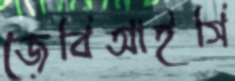
জেবিআইসি